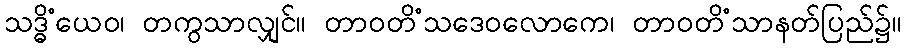
သဒ္ဓိံယေဝ၊ တကွသာလျှင်။ တာဝတိံသဒေဝလောကေ၊ တာဝတိံသာနတ်ပြည်၌။